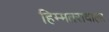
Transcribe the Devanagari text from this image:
हिम्मतरावाला